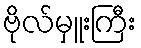
ဗိုလ်မှူးကြီး